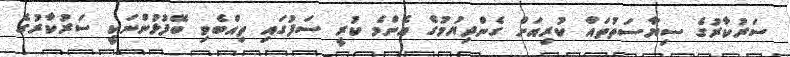
ސަރުކާރުގެ ސިޔާސަތުތައް ކުރިއަށް ގެންދިޔުމުގެ އެންމެ ކުރީ ސަފުގައި ތިއްބެވި ބޭފުޅުންނަކީ ސަރުކާރުގެ